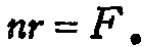
\(nr = F.\)